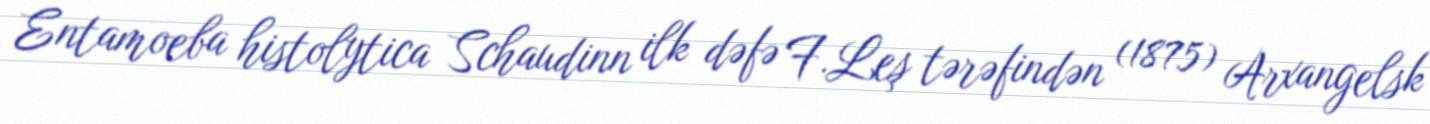
Entamoeba histolytica Schaudinn ilk dəfə F.Leş tərəfindən (1875) Arxangelsk